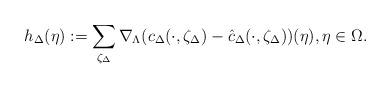
LaTeX: \begin{align*} h_{\Delta}(\eta) := \sum_{\zeta_{\Delta}}\nabla_{\Lambda} (c_{\Delta}(\cdot, \zeta_{\Delta})- \hat{c}_{\Delta}(\cdot, \zeta_{\Delta}))(\eta), \eta \in \Omega. \end{align*}